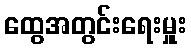
ထွေအတွင်းရေးမှူး